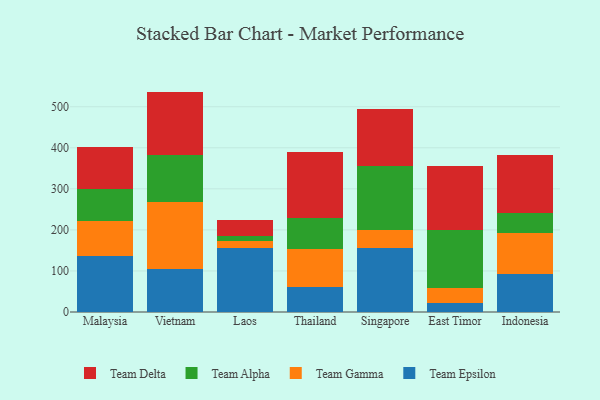
{"axis": {"x": "Country", "y": "Population (Million)"}, "legend": ["Team Alpha", "Team Delta", "Team Epsilon", "Team Gamma"], "data": [{"x": "Malaysia", "y": 135.5, "type": "Team Epsilon"}, {"x": "Malaysia", "y": 85.7, "type": "Team Gamma"}, {"x": "Malaysia", "y": 77.3, "type": "Team Alpha"}, {"x": "Malaysia", "y": 104.3, "type": "Team Delta"}, {"x": "Vietnam", "y": 103.6, "type": "Team Epsilon"}, {"x": "Vietnam", "y": 164.4, "type": "Team Gamma"}, {"x": "Vietnam", "y": 114.2, "type": "Team Alpha"}, {"x": "Vietnam", "y": 154.7, "type": "Team Delta"}, {"x": "Laos", "y": 157.1, "type": "Team Epsilon"}, {"x": "Laos", "y": 16.7, "type": "Team Gamma"}, {"x": "Laos", "y": 10.2, "type": "Team Alpha"}, {"x": "Laos", "y": 39.6, "type": "Team Delta"}, {"x": "Thailand", "y": 59.8, "type": "Team Epsilon"}, {"x": "Thailand", "y": 93.9, "type": "Team Gamma"}, {"x": "Thailand", "y": 76.1, "type": "Team Alpha"}, {"x": "Thailand", "y": 160.4, "type": "Team Delta"}, {"x": "Singapore", "y": 156.2, "type": "Team Epsilon"}, {"x": "Singapore", "y": 42.4, "type": "Team Gamma"}, {"x": "Singapore", "y": 157.5, "type": "Team Alpha"}, {"x": "Singapore", "y": 138.4, "type": "Team Delta"}, {"x": "East Timor", "y": 23.0, "type": "Team Epsilon"}, {"x": "East Timor", "y": 36.3, "type": "Team Gamma"}, {"x": "East Timor", "y": 141.4, "type": "Team Alpha"}, {"x": "East Timor", "y": 155.4, "type": "Team Delta"}, {"x": "Indonesia", "y": 92.0, "type": "Team Epsilon"}, {"x": "Indonesia", "y": 99.5, "type": "Team Gamma"}, {"x": "Indonesia", "y": 49.2, "type": "Team Alpha"}, {"x": "Indonesia", "y": 141.1, "type": "Team Delta"}]}